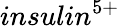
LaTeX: insulin^{5+}